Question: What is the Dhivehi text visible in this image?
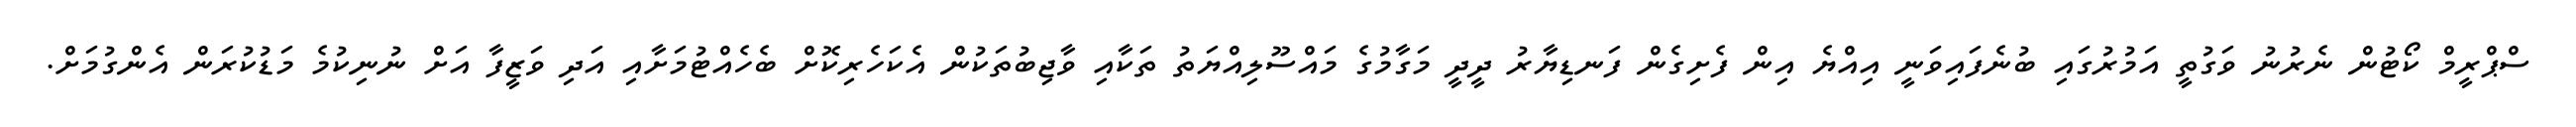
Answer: ސްޕްރީމް ކޯޓުން ނެރުނު ވަގުތީ އަމުރުގައި ބުނެފައިވަނީ އިއްޔެ އިން ފެށިގެން ފަނޑިޔާރު ދީދީ މަގާމުގެ މައްސޫލިއްޔަތު ތަކާއި ވާޖިބުތަކުން އެކަހެރިކޮށް ބެހެއްޓުމަށާއި އަދި ވަޒީފާ އަށް ނުނިކުމެ މަޑުކުރަން އެންގުމަށް.